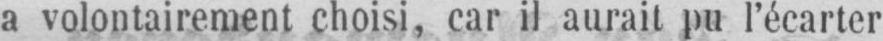
a volontairement choisi, car il aurait pu l’écarter